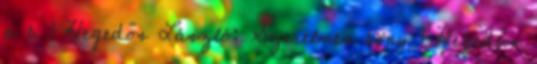
a b 1 Hegedős László: Szerelmes köny 1 Hegedűs